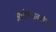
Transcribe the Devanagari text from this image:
आरोग्यावरील